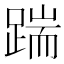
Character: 踹